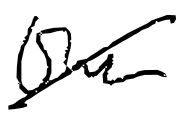
Text: the
Cross-out: diagonal
Writing tool: digital_black